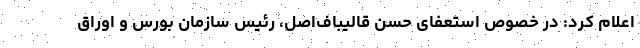
اعلام کرد: در خصوص استعفای حسن قالیباف‌اصل، رئیس سازمان بورس و اوراق